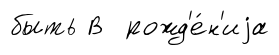
быть В рожд'е́н'иjа